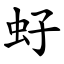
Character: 虸